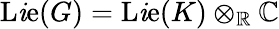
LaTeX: \operatorname{L\mathit{i}e}(G)=\operatorname{L\mathit{i}e}(K)\otimes_{\mathbb{{R}}}\mathbb{{C}}